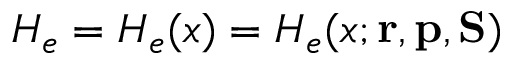
H _ { e } = H _ { e } ( x ) = H _ { e } ( x ; { \mathbf { r } } , { \mathbf { p } } , { \mathbf { S } } )